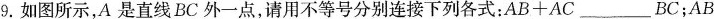
9.如图所示，A是直线BC外一点，请用不等号分别连接下列各式：$$A B + A C$$___BC；$$A B